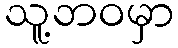
သူ့ဘဝမှာ